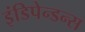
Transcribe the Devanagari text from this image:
इंडिपेन्डन्स